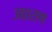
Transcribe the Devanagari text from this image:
उच्चाराण